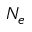
N _ { e }